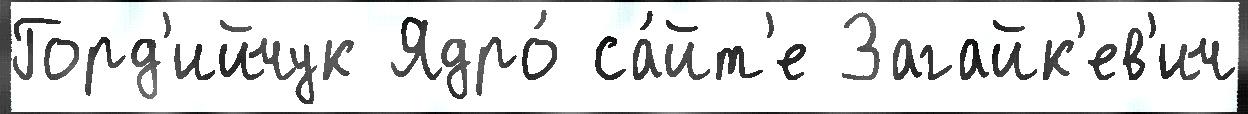
Горд'ийчук Ядро́ са́йт'е Загайк'ев'ич